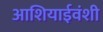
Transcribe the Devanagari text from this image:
आशियाईवंशी